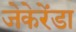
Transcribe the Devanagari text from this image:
जेकेरेंडा